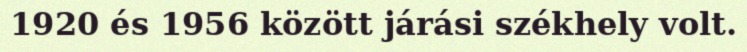
1920 és 1956 között járási székhely volt.